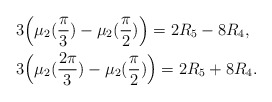
\begin{align*}&3\Big(\mu_{2}(\frac{\pi}{3})-\mu_{2}(\frac{\pi}{2})\Big)=2R_{5}-8R_{4} ,\\&3\Big(\mu_{2}(\frac{2\pi}{3})-\mu_{2}(\frac{\pi}{2})\Big)=2R_{5}+8R_{4} .\end{align*}